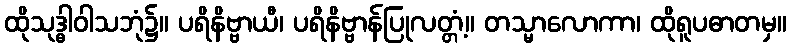
ထိုသုဒ္ဓါဝါသဘုံ၌။ ပရိနိဗ္ဗာယီ၊ ပရိနိဗ္ဗာန်ပြုလတ္တံ့။ တသ္မာလောကာ၊ ထိုရူပဓာတမှ။